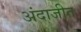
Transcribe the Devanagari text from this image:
अंदाजीत